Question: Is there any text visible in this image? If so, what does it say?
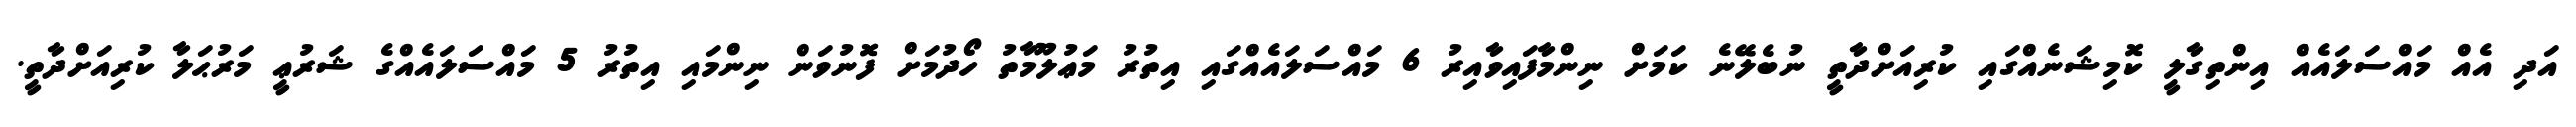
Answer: އަދި އެއް މައްސަލައެއް އިންތިގާލީ ކޮމިޝަނެއްގައި ކުރިއަށްދާތީ ނުބެލޭނެ ކަމަށް ނިންމާފައިވާއިރު 6 މައްސަލައެއްގައި އިތުރު މަޢުލޫމާތު ހޯދުމަށް ފޮނުވަން ނިންމައި އިތުރު 5 މައްސަލައެއްގެ ޝަރުޢީ މަރުޙަލާ ކުރިއަށްދާތީ.